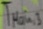
Text: TMain,3